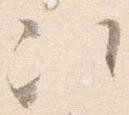
次